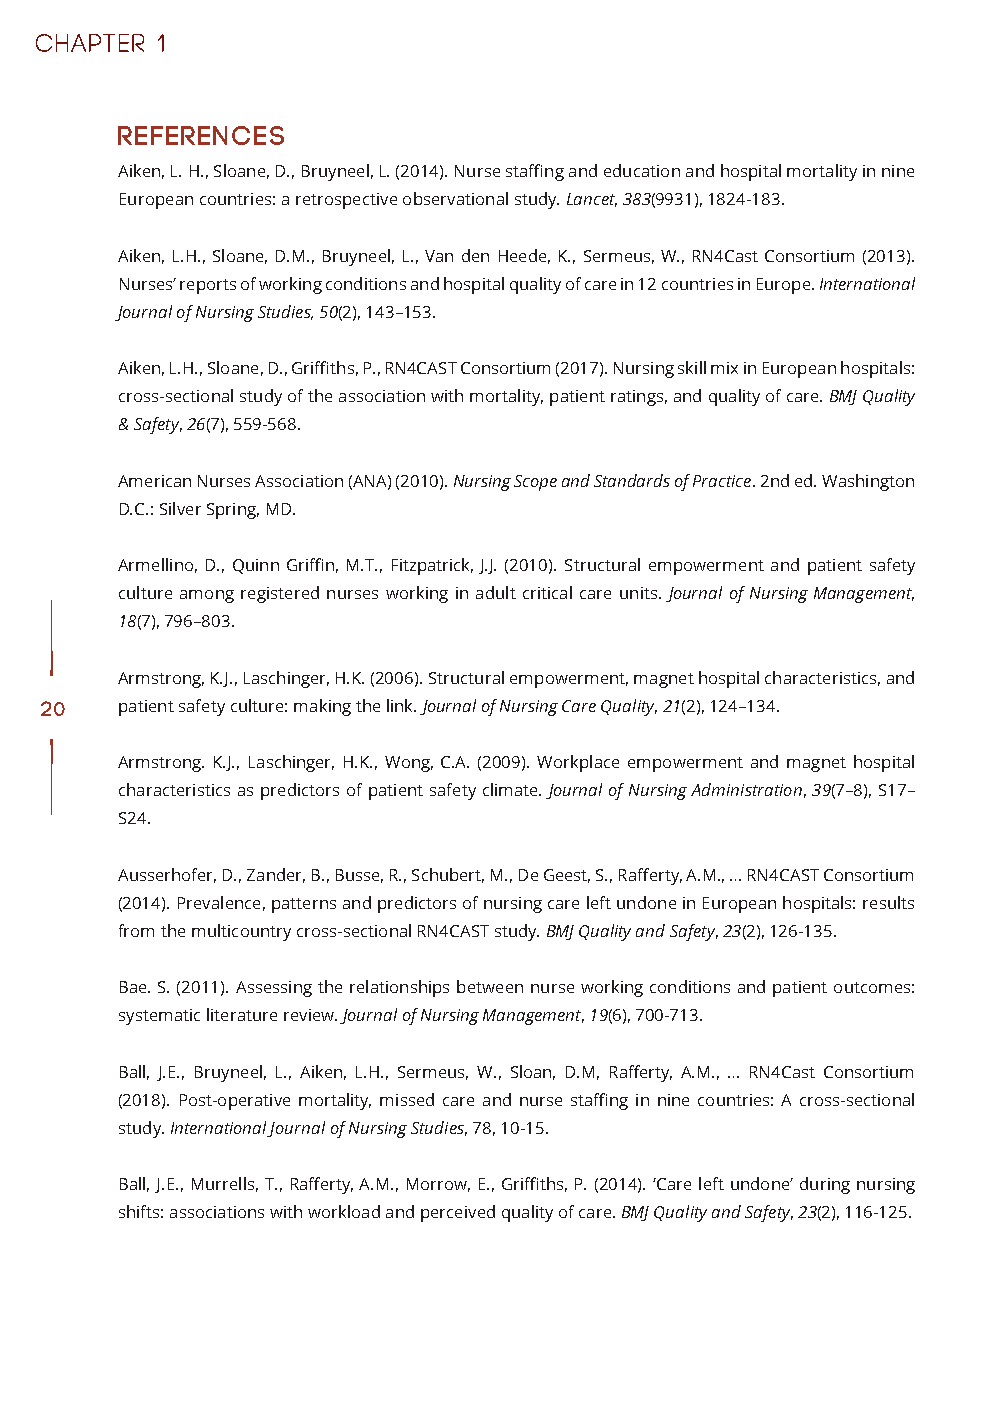
REFERENCES
 Aiken, L. H., Sloane, D., Bruyneel, L. (2014). Nurse staffing and education and hospital mortality in nine
 European countries: a retrospective observational study. Lancet, 383(9931), 1824-183.
 Aiken, L.H., Sloane, D.M., Bruyneel, L., Van den Heede, K., Sermeus, W., RN4Cast Consortium (2013).
 Nurses’ reports of working conditions and hospital quality of care in 12 countries in Europe. International
 Journal of Nursing Studies, 50(2), 143–153.
 Aiken, L.H., Sloane, D., Griffiths, P., RN4CAST Consortium (2017). Nursing skill mix in European hospitals:
 cross-sectional study of the association with mortality, patient ratings, and quality of care. BMJ Quality
 & Safety, 26(7), 559-568.
 American Nurses Association (ANA) (2010). Nursing Scope and Standards of Practice. 2nd ed. Washington
 D.C.: Silver Spring, MD.
 Armellino, D., Quinn Griffin, M.T., Fitzpatrick, J.J. (2010). Structural empowerment and patient safety
 culture among registered nurses working in adult critical care units. Journal of Nursing Management,
 18(7), 796–803.
 Armstrong, K.J., Laschinger, H.K. (2006). Structural empowerment, magnet hospital characteristics, and
 20   patient safety culture: making the link. Journal of Nursing Care Quality, 21(2), 124–134.
 Armstrong. K.J., Laschinger, H.K., Wong, C.A. (2009). Workplace empowerment and magnet hospital
 characteristics as predictors of patient safety climate. Journal of Nursing Administration, 39(7–8), S17–
 S24.
 Ausserhofer, D., Zander, B., Busse, R., Schubert, M., De Geest, S., Rafferty, A.M., … RN4CAST Consortium
 (2014). Prevalence, patterns and predictors of nursing care left undone in European hospitals: results
 from the multicountry cross-sectional RN4CAST study. BMJ Quality and Safety, 23(2), 126-135.
 Bae. S. (2011). Assessing the relationships between nurse working conditions and patient outcomes:
 systematic literature review. Journal of Nursing Management, 19(6), 700-713.
 Ball, J.E., Bruyneel, L., Aiken, L.H., Sermeus, W., Sloan, D.M, Rafferty, A.M., … RN4Cast Consortium
 (2018). Post-operative mortality, missed care and nurse staffing in nine countries: A cross-sectional
 study. International Journal of Nursing Studies, 78, 10-15.
 Ball, J.E., Murrells, T., Rafferty, A.M., Morrow, E., Griffiths, P. (2014). ‘Care left undone’ during nursing
 shifts: associations with workload and perceived quality of care. BMJ Quality and Safety, 23(2), 116-125.